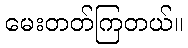
မေးတတ်ကြတယ်။